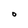
Character: O